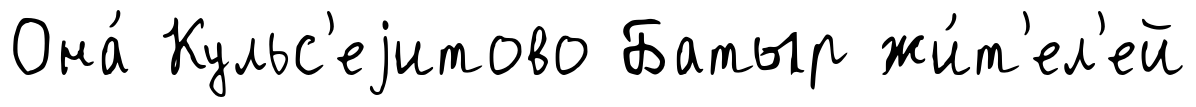
Она́ Кульс'еjитово Батыр жи́т'ел'ей